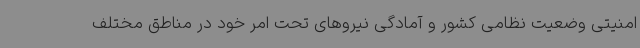
امنیتی وضعیت نظامی کشور و آمادگی نیروهای تحت امر خود در مناطق مختلف